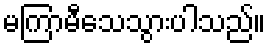
မကြာမီသေသွားပါသည်။